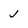
Character: j